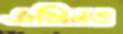
জমিনও